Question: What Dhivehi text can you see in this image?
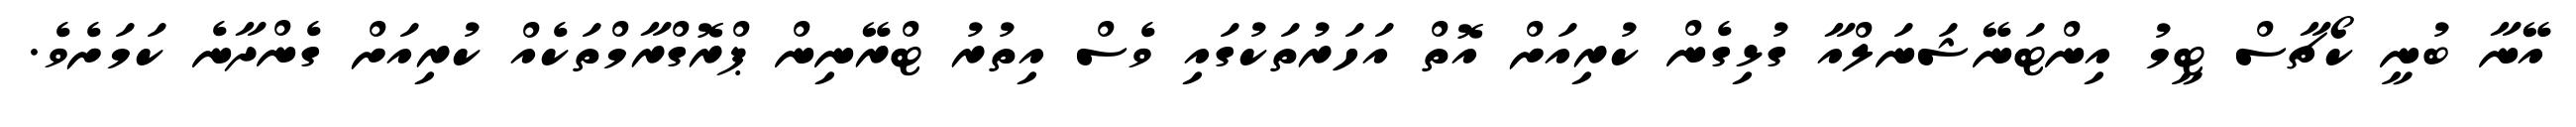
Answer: އޭނާ ބުނީ ކޯޗާސް ޓީމު އިންޓަނޭޝަނަލްއާ ގުޅިގެން ކުރިއަށް އޮތް އަހަރުތަކުގައި ވެސް އިތުރު ޓްރޭނިން ޕްރޮގްރާމްތަކެއް ކުރިއަށް ގެންދާނެ ކަމަށެވެ.